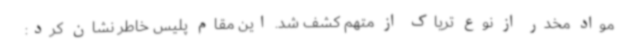
مواد مخدر از نوع تریاک از متهم کشف شد. این مقام پلیس خاطر نشان کرد: